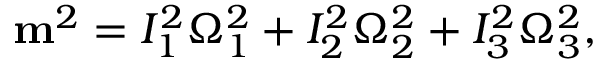
\begin{array} { r } { { \bf m } ^ { 2 } = I _ { 1 } ^ { 2 } \Omega _ { 1 } ^ { 2 } + I _ { 2 } ^ { 2 } \Omega _ { 2 } ^ { 2 } + I _ { 3 } ^ { 2 } \Omega _ { 3 } ^ { 2 } , } \end{array}